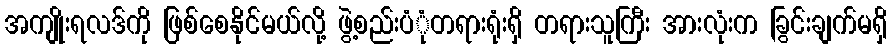
အကျိုးရလဒ်ကို ဖြစ်စေနိုင်မယ်လို့ ဖွဲ့စည်းပံုံတရားရုံးရှိ တရားသူကြီး အားလုံးက ခြွင်းချက်မရှိ